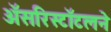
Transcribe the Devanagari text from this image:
अॅसरिस्टॉटलने